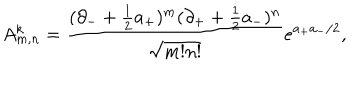
LaTeX: A _ { m , n } ^ { k } = \frac { ( \partial _ { - } + \frac { 1 } { 2 } a _ { + } ) ^ { m } ( \partial _ { + } + \frac { 1 } { 2 } a _ { - } ) ^ { n } } { \sqrt { m ! n ! } } e ^ { a _ { + } a _ { - } / 2 } ,